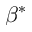
\beta ^ { * }